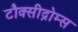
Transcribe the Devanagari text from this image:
टौक्सीद्रोम्स